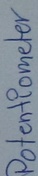
Text: Potentiometer